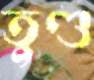
তুণ্ড